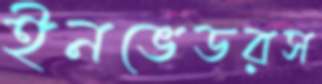
ইনভেডরস